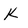
Character: K